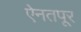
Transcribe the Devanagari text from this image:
ऐनतपूर